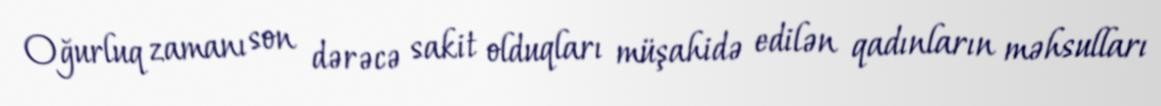
Oğurluq zamanı son dərəcə sakit olduqları müşahidə edilən qadınların məhsulları